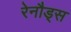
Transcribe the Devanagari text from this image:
रेनौड्स